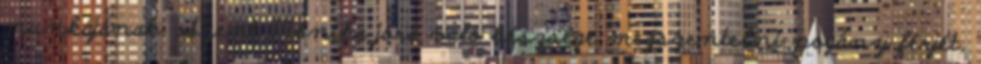
munkájának. Szent Mónika jóra való készsége megszentelni pogány férjét,